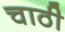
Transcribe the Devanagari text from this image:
चाठी